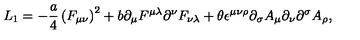
L _ { 1 } = - \frac { a } { 4 } \left( F _ { \mu \nu } \right) ^ { 2 } + b \partial _ { \mu } F ^ { \mu \lambda } \partial ^ { \nu } F _ { \nu \lambda } + \theta \epsilon ^ { \mu \nu \rho } \partial _ { \sigma } A _ { \mu } \partial _ { \nu } \partial ^ { \sigma } A _ { \rho } ,